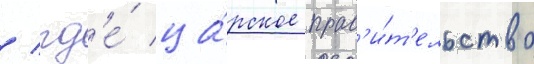
/ гд'е́ ца́рское прав'и́т'ельство